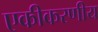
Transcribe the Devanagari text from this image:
एकीकरणीय